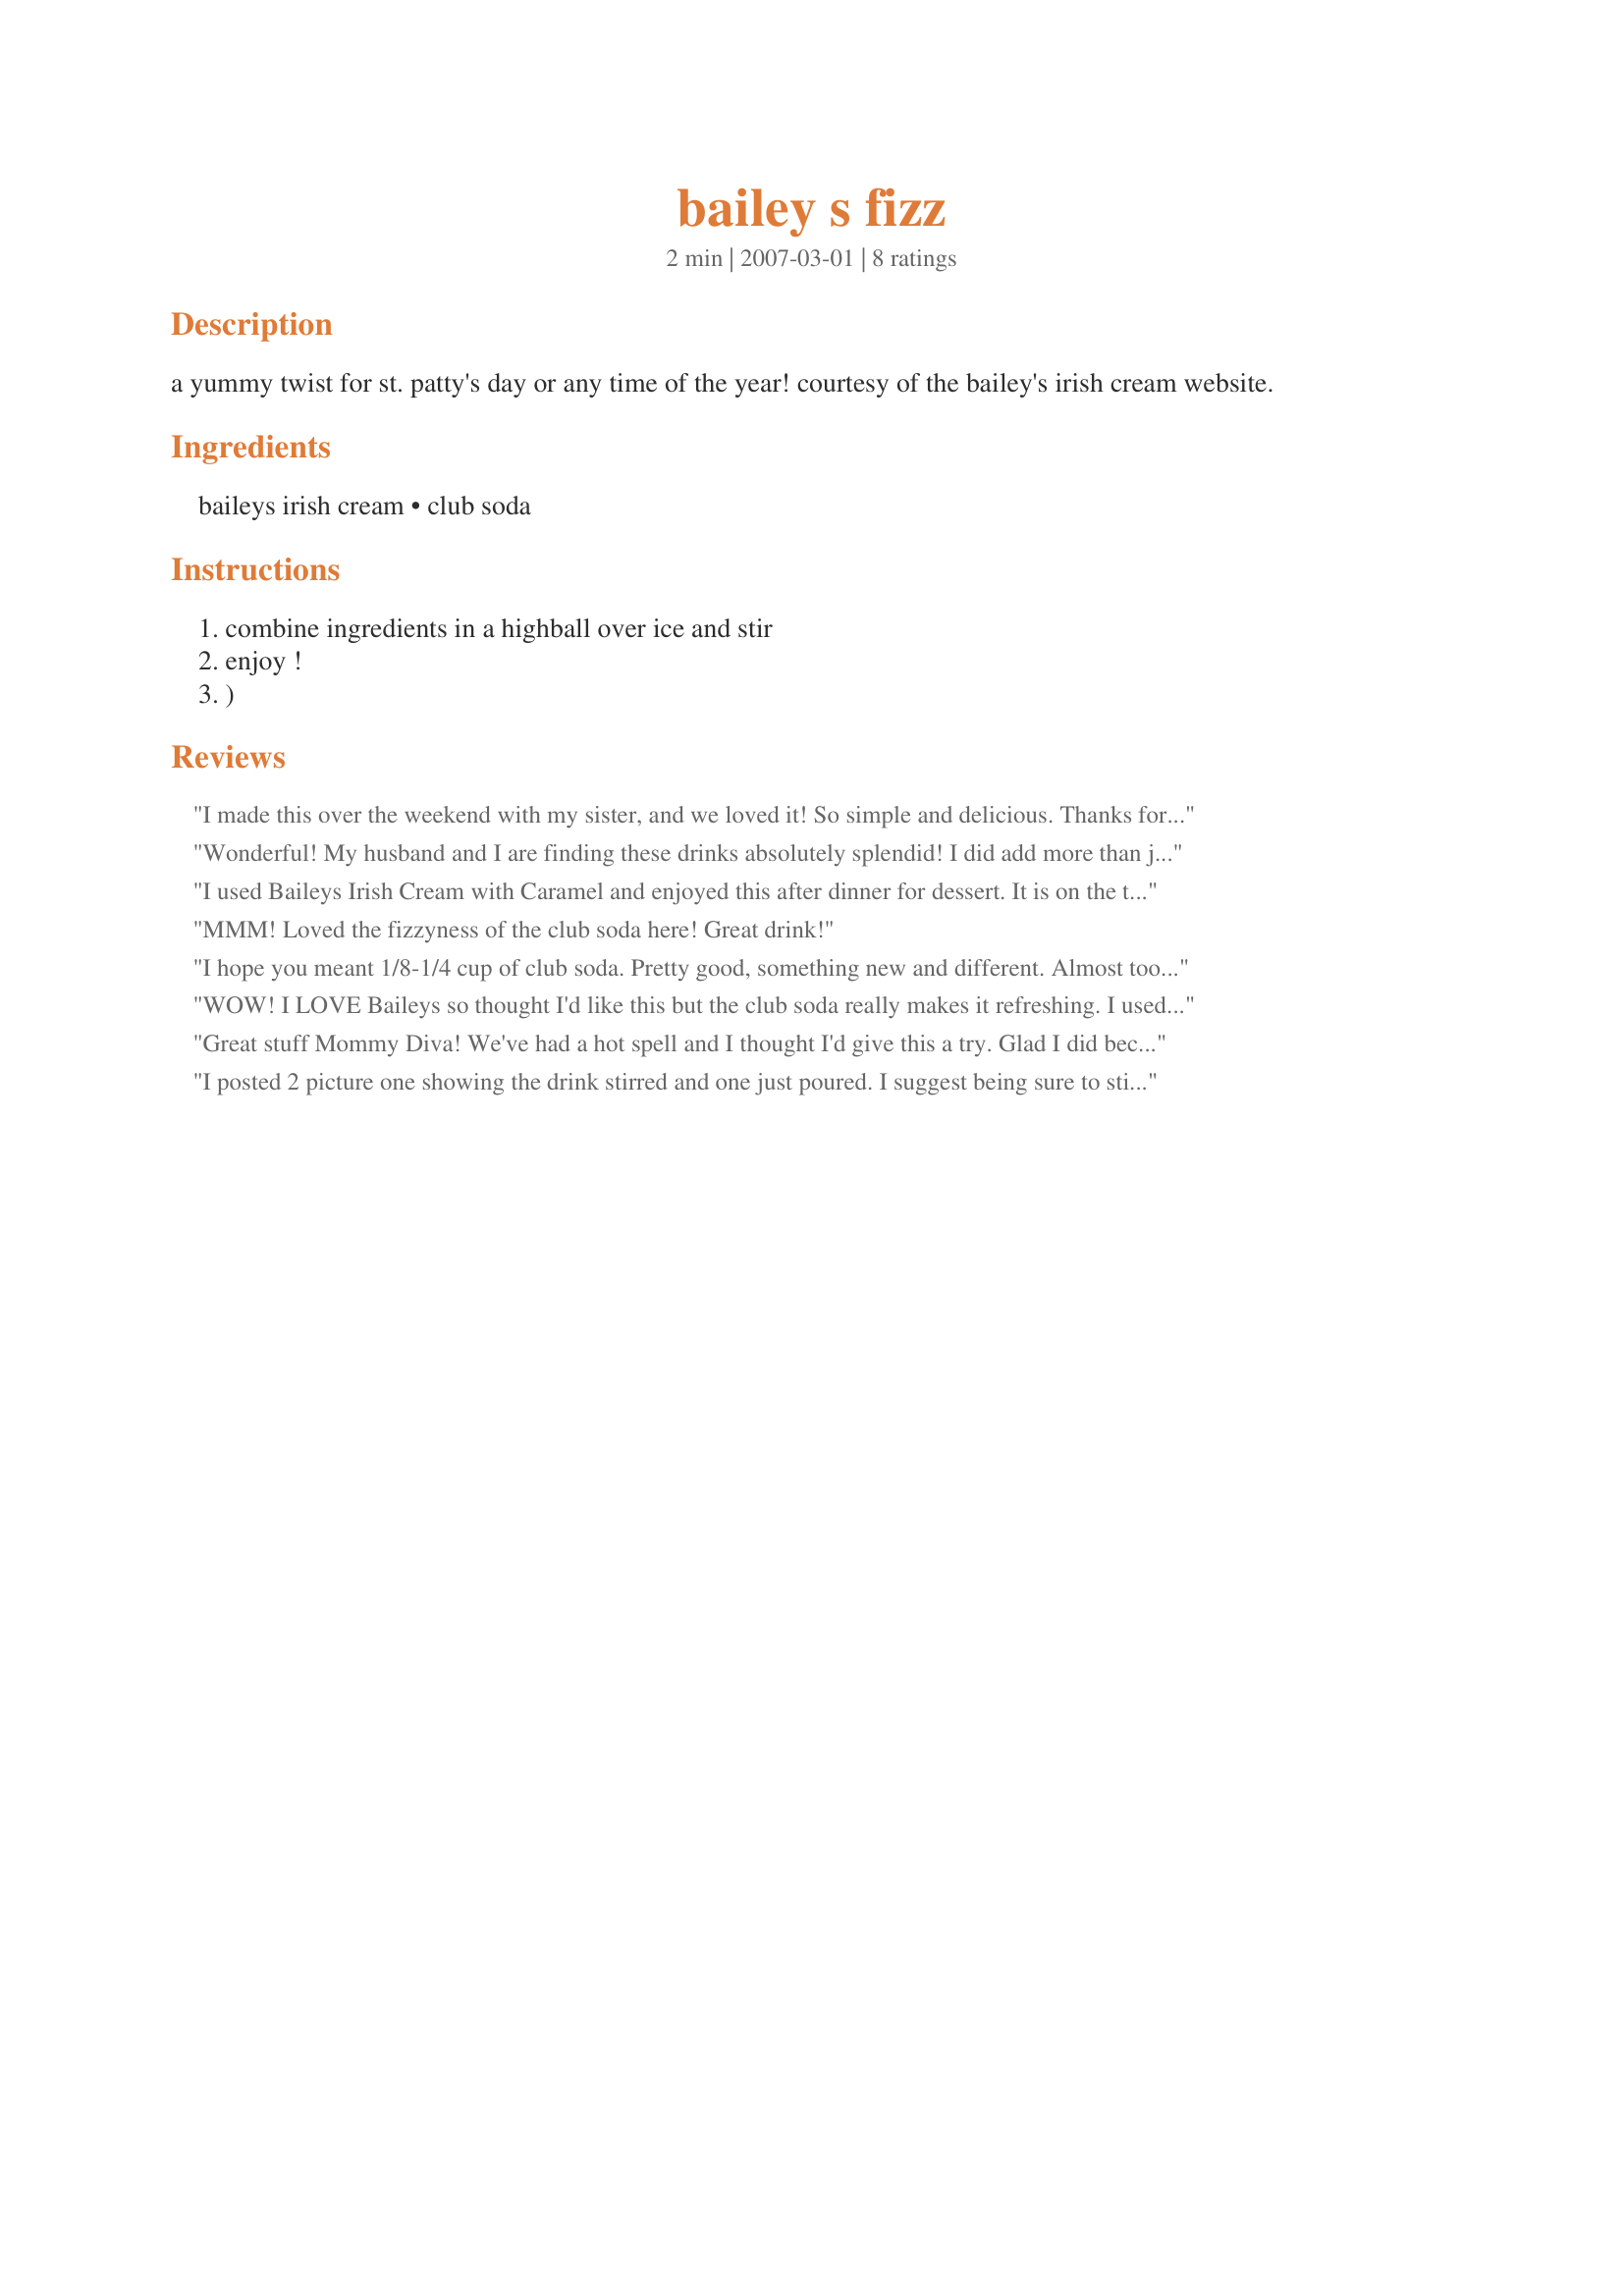
bailey s fizz
Preparation time: 2 minutes

a yummy twist for st. patty's day or any time of the year! courtesy of the bailey's irish cream website.

Ingredients:
baileys irish cream, club soda

Steps:
combine ingredients in a highball over ice and stir
enjoy !
)

Reviews:
I made this over the weekend with my sister, and we loved it! So simple and delicious. Thanks for another Bailey's favorite! Cheers ~V
Wonderful! My husband and I are finding these drinks absolutely splendid! I did add more than just a "splash" of club soda, more like 1/4c. to thin out the Bailey's and make the drink a little more refreshing in the HOT Arizona summer. Never thought of drinking Bailey's by the pool, but with the addition of the club soda, we look forward to enjoying this recipe all summer long!
I used Baileys Irish Cream with Caramel and enjoyed this after dinner for dessert. It is on the thick side so you can sip on it while playing zaar tag!
MMM! Loved the fizzyness of the club soda here! Great drink!
I hope you meant 1/8-1/4 cup of club soda. Pretty good, something new and different. Almost too far on the sweet side so have it as dessert.
WOW! I LOVE Baileys so thought I'd like this but the club soda really makes it refreshing. I used much much more than a splash of club soda for a tall glass full of creamy zippy wonderfulness. Made for the Beverage tag game.
Great stuff Mommy Diva! We've had a hot spell and I thought I'd give this a try. Glad I did because I liked the little fizz in it. Thanks :)
I posted 2 picture one showing the drink stirred and one just poured. I suggest being sure to stir well or you`ll get a curdled looking drink. Very tasty and easy to make. Thanks.
